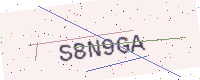
Text: S8N9GA